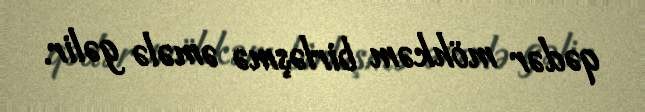
qədər möhkəm birləşmə əmələ gəlir.